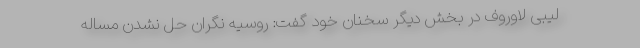
لیبی لاوروف در بخش دیگر سخنان خود گفت: روسیه نگران حل نشدن مساله